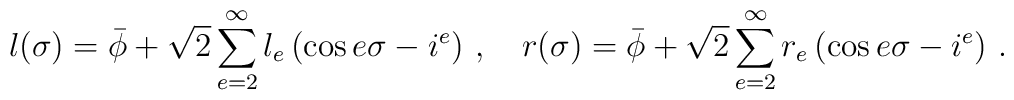
l(\sigma )=\bar{\phi}+\sqrt{2}\sum_{e=2}^{\infty }l_{e}\left( \cos e\sigma-i^{e}\right) \,,\quad r(\sigma )=\bar{\phi}+\sqrt{2}\sum_{e=2}^{\infty}r_{e}\left( \cos e\sigma -i^{e}\right) \,.~~~~